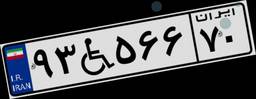
۲۴W۲۲۲۸۳